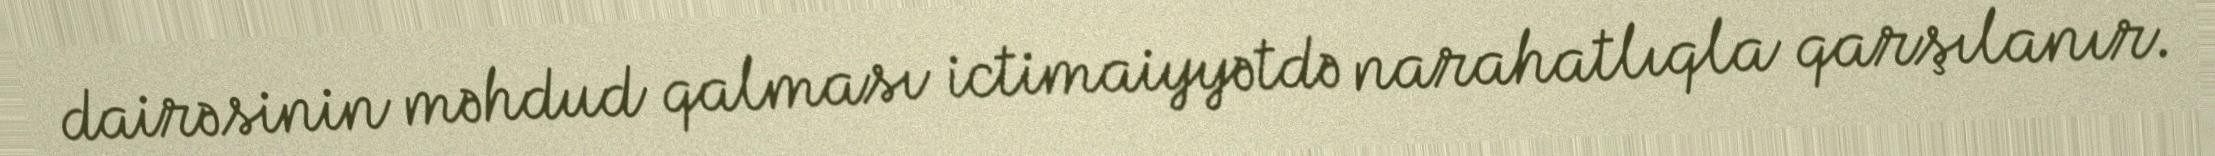
dairəsinin məhdud qalması ictimaiyyətdə narahatlıqla qarşılanır.